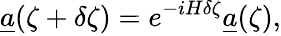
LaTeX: \underline{{a}}(\zeta+\delta\zeta)=e^{-iH\delta\zeta}\underline{{a}}(\zeta),